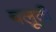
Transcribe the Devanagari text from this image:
बलूती